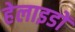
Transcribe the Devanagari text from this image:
हेलाइडों